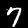
Digit: 7